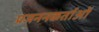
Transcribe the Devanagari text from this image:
प्रजननकर्ताओं